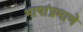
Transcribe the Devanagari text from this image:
भाषांप्रमाणे